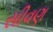
સીવણ